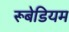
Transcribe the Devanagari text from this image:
रूबेडियम